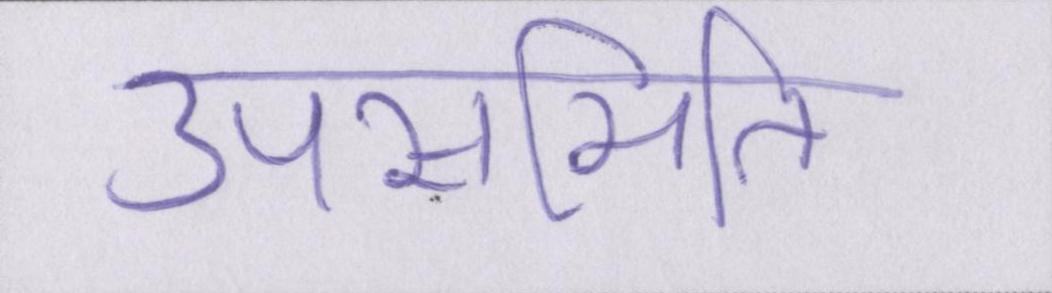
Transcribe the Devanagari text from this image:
उपसमिति